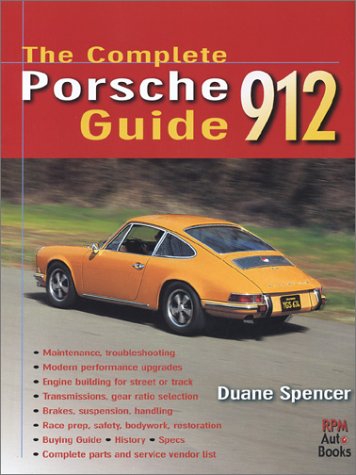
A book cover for The Complete Porsche 912 Guide; Duane Spencer; Engineering & Transportation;